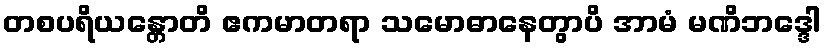
တစပရိယန္တောတိ ဧကမာတရာ သမောဓာနေတွာပိ အာမံ မဏိဘဒ္ဒေါ